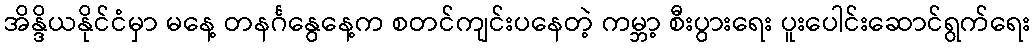
အိန္ဒိယနိုင်ငံမှာ မနေ့ တနင်္ဂနွေနေ့က စတင်ကျင်းပနေတဲ့ ကမ္ဘာ့ စီးပွားရေး ပူးပေါင်းဆောင်ရွက်ရေး